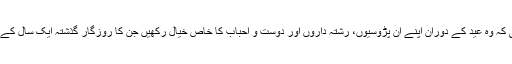
انہوں نے جموں و کشمیر سے عوام سے اپیل کی کہ وہ عید کے دوران اپنے اُن پڑوسیوں، رشتہ داروں اور دوست و احباب کا خاص خیال رکھیں جن کا روزگار گذشتہ ایک سال کے مسلسل لاک ڈاﺅن سے بری طرح متاثر ہوا ہے۔